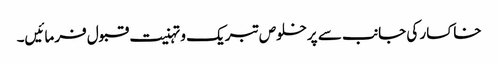
خاکسار کی جانب سے پرخلوص تبریک و تہنیت قبول فرمائیں۔